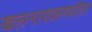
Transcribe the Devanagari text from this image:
खलनायकमधील